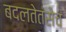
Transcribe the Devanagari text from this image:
बदलतेतसेच